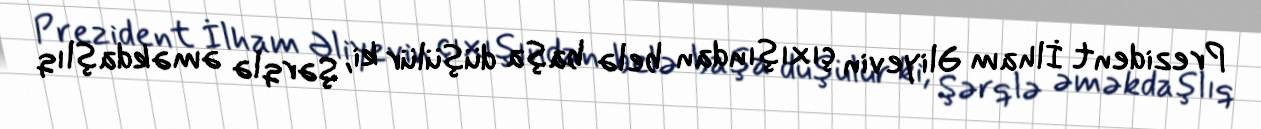
Prezident İlham Əliyevin çıxışından belə başa düşülür ki, Şərqlə əməkdaşlıq